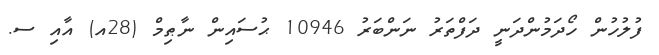
ފުލުހުން ހޯދަމުންދަނީ ދަފްތަރު ނަންބަރު 10946 ޙުސައިން ނާޠިމް (28އ) އާއި ސ.